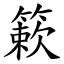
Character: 簌